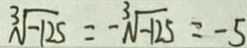
\sqrt [ 3 ] { - 1 2 5 } = - \sqrt [ 3 ] { - 1 2 5 } = - 5